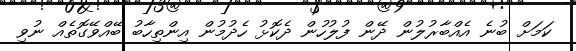
ކަމަށް ބުނެ އެއްބާރުލުން ދޭން ފުލުހުން ދެކޮޅު ހެދުމުން އިންތިހާބު ބޭއްވޭގޮތެއް ނުވި